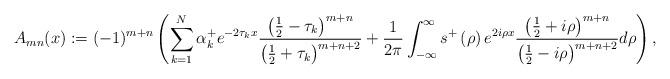
LaTeX: \begin{align*}A_{mn}(x):=(-1)^{m+n}\left( \sum_{k=1}^{N}\alpha_{k}^{+}e^{-2\tau_{k}x}\frac{\left( \frac{1}{2}-\tau_{k}\right) ^{m+n}}{\left( \frac{1}{2}+\tau_{k}\right) ^{m+n+2}}+\frac{1}{2\pi}\int_{-\infty}^{\infty}s^{+}\left(\rho\right) e^{2i\rho x}\frac{\left( \frac{1}{2}+i\rho\right) ^{m+n}}{\left( \frac{1}{2}-i\rho\right) ^{m+n+2}}d\rho\right) , \end{align*}